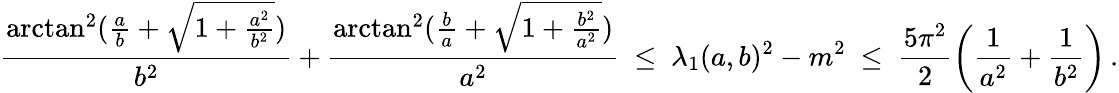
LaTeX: \frac{\arctan^{2}(\frac{a}{b}+\sqrt{1+\frac{a^{2}}{b^{2}}})}{b^{2}}+\frac{\arctan^{2}(\frac{b}{a}+\sqrt{1+\frac{b^{2}}{a^{2}}})}{a^{2}}\ \leq\ \lambda_{1}(a,b)^{2}-m^{2}\ \leq\ \frac{5\pi^{2}}{2}\left(\frac{1}{a^{2}}+\frac{1}{b^{2}}\right)\, .